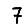
Digit: 7